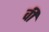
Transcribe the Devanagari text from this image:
वीं